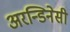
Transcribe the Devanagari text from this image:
अरन्डिनेसी